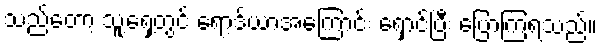
သည်တော့ သူ့ရှေ့တွင် ရော့ဒ်ယာအကြောင်း ရှောင်ပြီး ပြောကြရသည်။